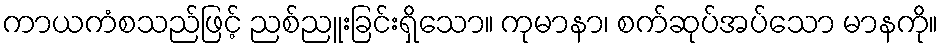
ကာယကံစသည်ဖြင့် ညစ်ညူးခြင်းရှိသော။ ကုမာနာ၊ စက်ဆုပ်အပ်သော မာနကို။